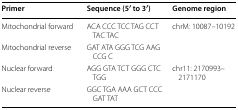
<table><thead><tr><td><b>Primer</b></td><td><b>Sequence (5′ to 3′)</b></td><td><b>Genome region</b></td></tr></thead><tbody><tr><td>Mitochondrial forward</td><td>ACA CCC TCC TAG CCT TAC TAC</td><td>chrM: 10087–10192</td></tr><tr><td>Mitochondrial reverse</td><td>GAT ATA GGG TCG AAG CCG C</td><td></td></tr><tr><td>Nuclear forward</td><td>AGG GTA TCT GGG CTC TGG</td><td>chr11: 2170993–2171170</td></tr><tr><td>Nuclear reverse</td><td>GGC TGA AAA GCT CCC GAT TAT</td><td></td></tr></tbody></table>